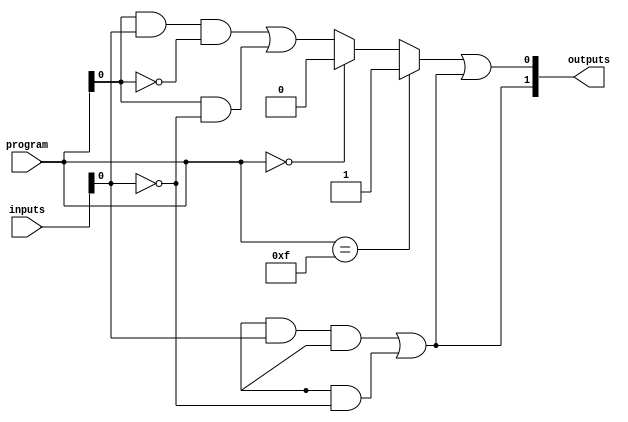
module PAL (
    input wire [N-1:0] inputs,        // N input pins
    input wire [M-1:0] program,        // M programmable connections (AND gates)
    output wire [K-1:0] outputs        // K output pins
);
    
    parameter N = 4; // Number of input variables
    parameter M = 4; // Number of AND gates (product terms)
    parameter K = 2; // Number of outputs

    // Programmable AND array
    wire [M-1:0] and_outputs; // Outputs of AND gates
    wire [N-1:0] not_inputs;

    // Generate complements of inputs
    genvar i;
    generate
        for (i = 0; i < N; i = i + 1) begin : gen_not
            assign not_inputs[i] = ~inputs[i];
        end
    endgenerate

    // Instantiate AND gates
    genvar j;
    generate
        for (j = 0; j < M; j = j + 1) begin : and_gates
            assign and_outputs[j] = (program[j*N +: N] == {N{1'b1}}) ? 1'b1 : 
                                     (program[j*N +: N] == {N{1'b0}}) ? 1'b0 :
                                     (program[j*N +: N] & inputs) & ~program[j*N +: N] | 
                                     (program[j*N +: N] & not_inputs);
        end
    endgenerate

    // Fixed OR array
    assign outputs[0] = and_outputs[0] | and_outputs[1]; // Example OR logic for output 0
    assign outputs[1] = and_outputs[2] | and_outputs[3]; // Example OR logic for output 1

endmodule